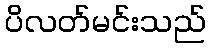
ပိလတ်မင်းသည်